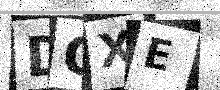
Text: DGXE